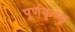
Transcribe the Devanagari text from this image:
पूर्णकृच्छ्र